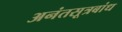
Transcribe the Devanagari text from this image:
अनंतसूत्रबांध